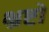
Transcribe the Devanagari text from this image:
भ्रष्टो